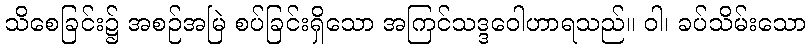
သိစေခြင်း၌ အစဉ်အမြဲ စပ်ခြင်းရှိသော အကြင်သဒ္ဒဝေါဟာရသည်။ ဝါ၊ ခပ်သိမ်းသော